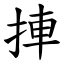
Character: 捙